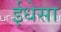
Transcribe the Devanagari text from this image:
ईधेसा